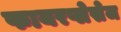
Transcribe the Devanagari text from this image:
फायरप्लेसेज